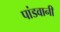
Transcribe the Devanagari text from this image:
पांडवानी